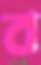
ব